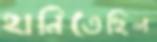
হানিতেছিল